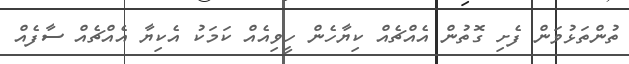
ތުންތަޅުވަން ފެށި ގޮތުން އެއްޗެއް ކިޔާހެން ހީވިއެއް ކަމަކު އެކިޔާ އެއްޗެއް ސާފެއް